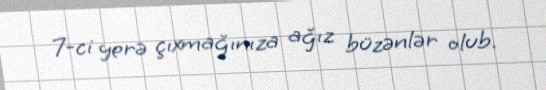
7-ci yerə çıxmağınıza ağız büzənlər olub.